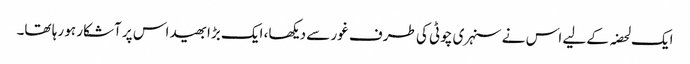
ایک لحضہ کے لیے اس نے سنہری چوٹی کی طرف غور سے دیکھا، ایک بڑا بھید اس پر آشکار ہو رہا تھا۔